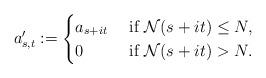
LaTeX: \begin{align*} a_{s,t}':=\begin{cases}a_{s+it} & \mbox{ if } \mathcal{N}(s+it)\le N, \\0 & \mbox{ if } \mathcal{N}(s+it)>N. \end{cases}\end{align*}